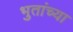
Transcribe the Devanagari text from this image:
भुतांच्या